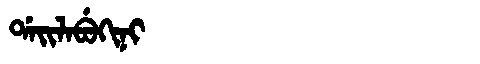
Manchu: ᡩᠠᡳᠯᠠᠪᡠᡴᡳᠨᡳ
Romanization: DAILABUKINI